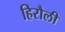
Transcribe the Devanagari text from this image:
हिरौली